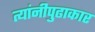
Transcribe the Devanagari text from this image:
त्यांनीपुढाकार